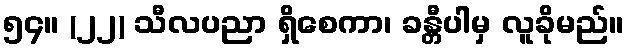
၅၄။ (၂၂) သီလပညာ ရှိစေကာ၊ ခန္တီပါမှ လူခိုမည်။